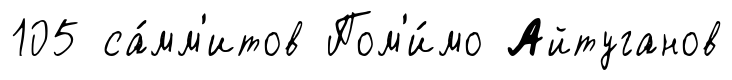
105 са́мм'итов Пом'и́мо Айтуганов